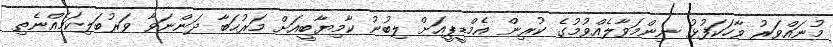
މުނައްވަރު ވާހަކަފުޅު ނިންމަވާލެއްވުމުގެ ކުރިން އެމްޑީޕީއަށް ލިބުނު ކާމިޔާބީއަށް މަރުޙަބާ ދަންނަވާ ވަރުބަލިކަމެއްނެތި